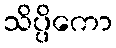
သိပ္ပိကော